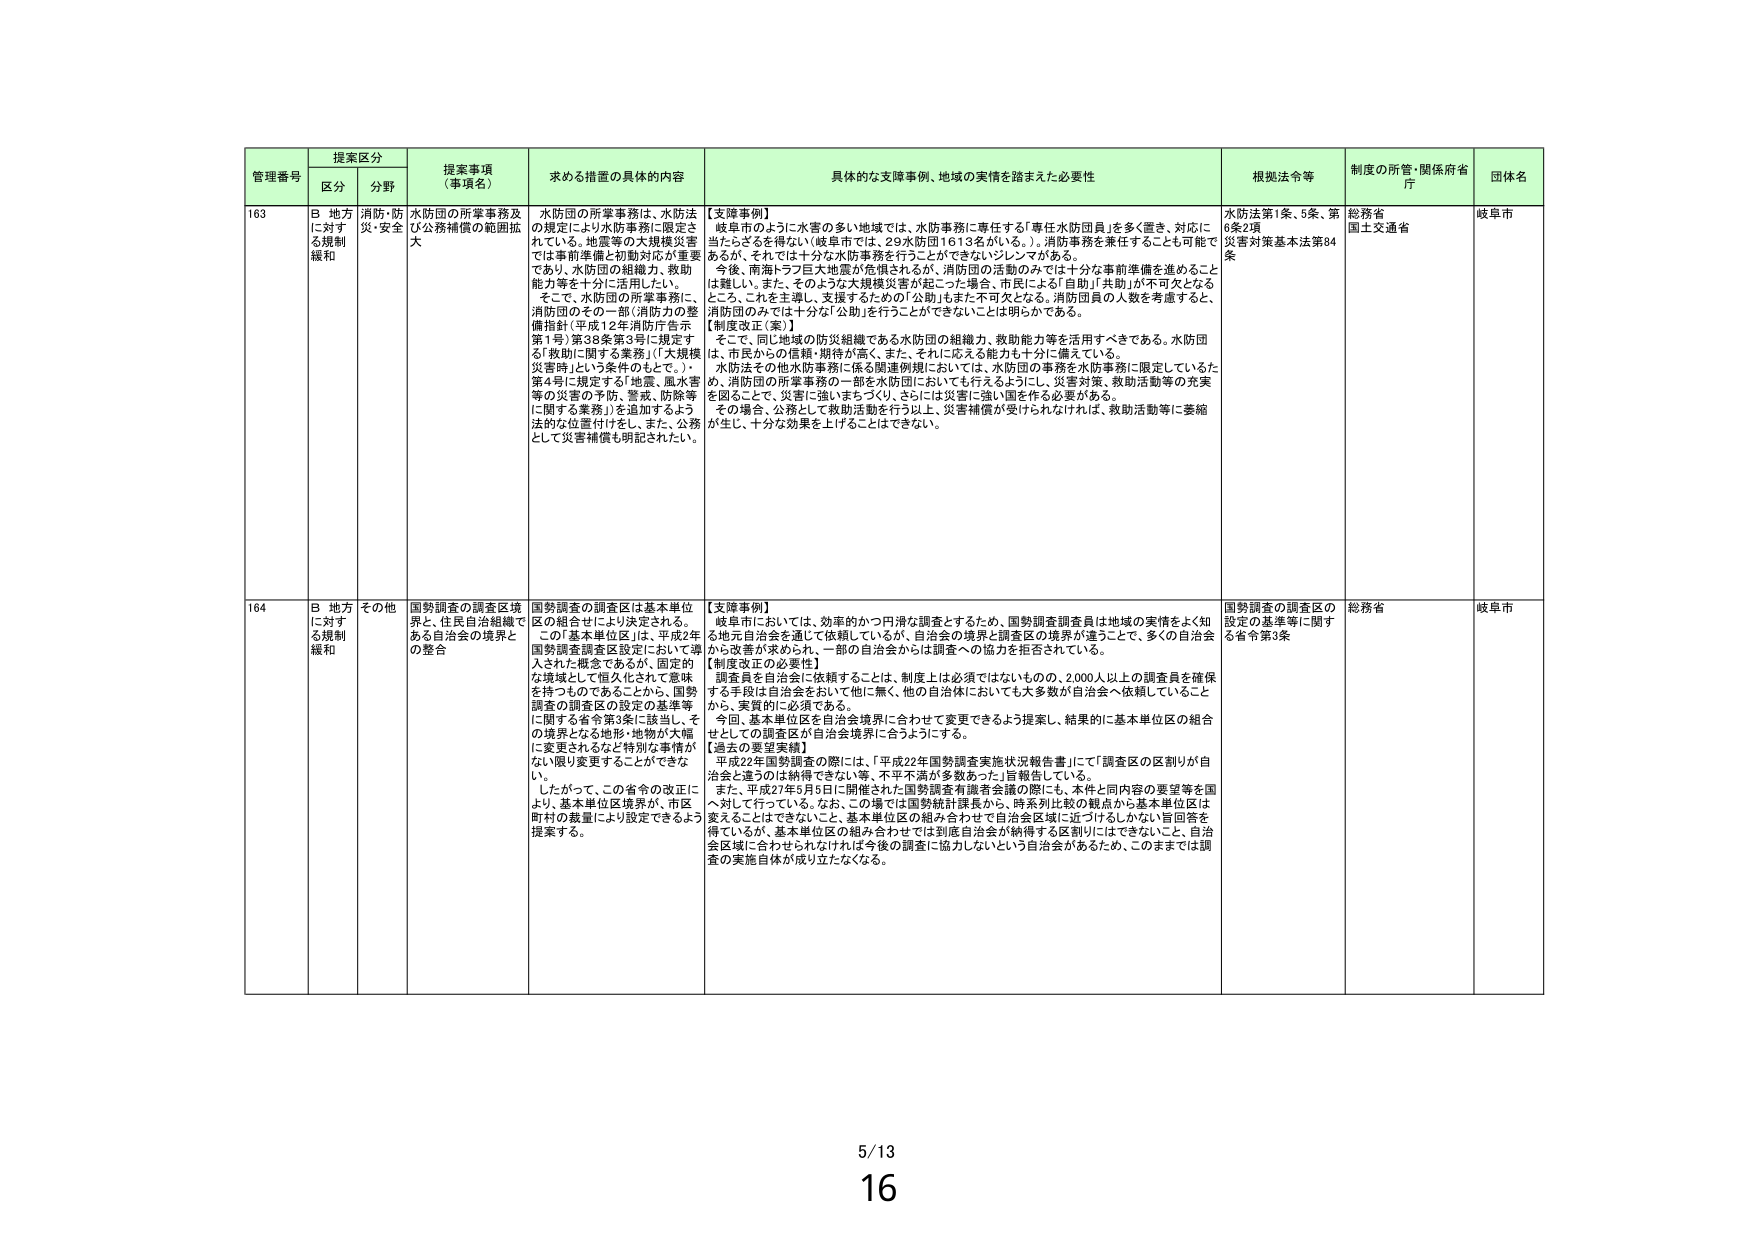
管理番号 提案区分 提案事項（事項名） 求める措置の具体的内容 具体的な支障事例、地域の実情を踏まえた必要性 根拠法令等 制度の所管・関係府省庁 団体名
区分 分野
163 B 地方に対する規制緩和 消防・防災・安全 水防団の所掌事務及び公務補償の範囲拡大 水防団の所掌事務は、水防法の規定により水防事務に限定されている。地震等の大規模災害では事前準備と初期対応が重要であり、水防団の組織力、救助能力等を十分に活用したい。そこで、水防団の所掌事務に、消防団のその一部（消防庁の整備指針（平成12年消防庁告示第1号）第38条第3号に規定する「救助に関する業務」（「大規模災害時」という条件のもとで。）、第4号に規定する「地震、風水害等の災害の予防、警戒、防除等に関する業務」）を追加するよう法的な位置付けをし、また、公務として災害補償も明記されたい。 【支障事例】 岐阜市のように水害の多い地域では、水防事務に専任する「専任水防団員」を多く置き、対応に当たらざるを得ない（岐阜市では、29水防団1613名がいる。）。消防事務を兼任することも可能であるが、それでは十分な水防事務を行うことができないジレンマがある。 今後、南海トラフ巨大地震が危惧されるが、消防団の活動のみでは十分な事前準備を進めることは難しい。また、そのような大規模災害が起こった場合、市民による「自助」「共助」が不可欠となるところ、これを主導し、支援するための「公助」もまた不可欠となる。消防団員の人数を考慮すると、消防団のみでは十分な「公助」を行うことができないことは明らかである。 【制度改正（案）】 そこで、同じ地域の防災組織である水防団の組織力、救助能力等を活用すべきである。水防団は、市民からの信頼・期待が高く、また、それに応える能力も十分に備えている。 水防法その他水防事務に係る関連例規においては、水防団の事務を水防事務に限定しているため、消防団の所掌事務の一部を水防団においても行えるようにし、災害対策、救助活動等の充実を図ることで、災害に強いまちづくり、さらには災害に強い国を作る必要がある。 その場合、公務として救助活動を行う以上、災害補償が受けられなければ、救助活動等に委縮が生じ、十分な効果を上げることはできない。 水防法第1条、5条、第6条2項 災害対策基本法第84条 総務省 国土交通省 岐阜市
164 B 地方に対する規制緩和 その他 国勢調査の調査区境界と、住民自治組織である自治会の境界との整合 国勢調査の調査区は基本単位区の組合せにより決定される。 この「基本単位区」は、平成2年国勢調査調査区設定において導入された概念であるが、固定的な地域として恒久化されて意味を持つものであることから、国勢調査の調査区の設定の基準等に関する省令第3条に該当し、その境界となる地形・地物が大幅に変更されるなど特別な事情がない限り変更することができない。 したがって、この省令の改正により、基本単位区境界が、市区町村の裁量により設定できるよう提案する。 【支障事例】 岐阜市においては、効率的かつ円滑な調査とするため、国勢調査調査員は地域の実情をよく知る地元自治会を活用して依頼しているが、自治会の境界と調査区の境界が違うことで、多くの自治会から改善が求められ、一部の自治会からは調査への協力を拒否されている。 【制度改正の必要性】 調査員を自治会に依頼することは、制度上は必須ではないものの、2,000人以上の調査員を確保する手段は自治会をおいて他に無く、他の自治体においても大多数が自治会へ依頼していることから、実質的に必須である。 今回、基本単位区を自治会境界に合わせて変更できるよう提案し、結果的に基本単位区の組合せとしての調査区が自治会境界に合うようにする。 【過去の要望実績】 平成22年国勢調査の際には、「平成22年国勢調査実施状況報告書」にて「調査区の区割りが自治会と違うのは納得できない等、不平不満が多数あった」旨報告している。 また、平成27年5月5日に開催された国勢調査有識者会議の際にも、本件と同内容の要望等を国へ対して行っている。なお、この場では国勢統計課長から、時系列比較の観点から基本単位区は変えることはできないこと、基本単位区の組み合わせで自治会区域に近づけるしかない旨回答を得ているが、基本単位区の組み合わせでは到底自治会が納得する区割りにはできないこと、自治会区域に合わせられなければ今後の調査に協力しないという自治会があるため、このままでは調査の実施自体が成り立たなくなる。 国勢調査の調査区の設定の基準等に関する省令第3条 総務省 岐阜市
5/13
16